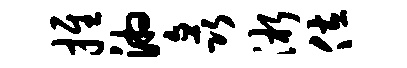
推湘矗淅佐